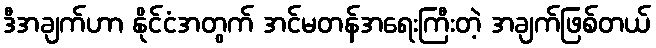
ဒီအချက်ဟာ နိုင်ငံအတွက် အင်မတန်အရေးကြီးတဲ့ အချက်ဖြစ်တယ်